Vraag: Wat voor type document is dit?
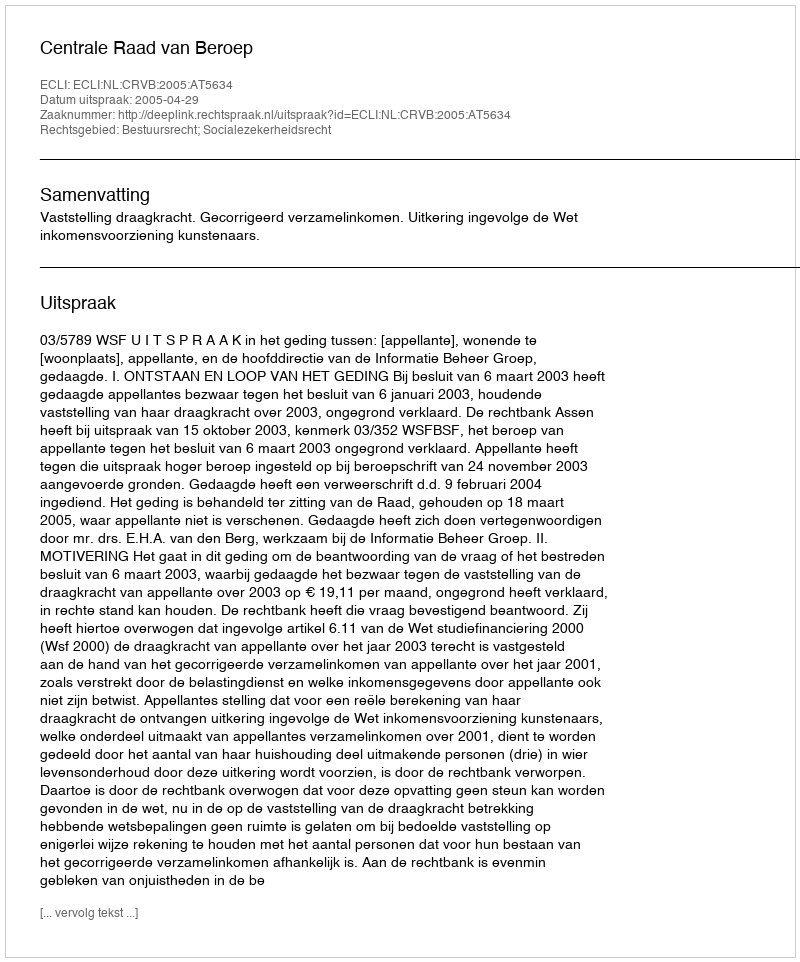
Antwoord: Uitspraak